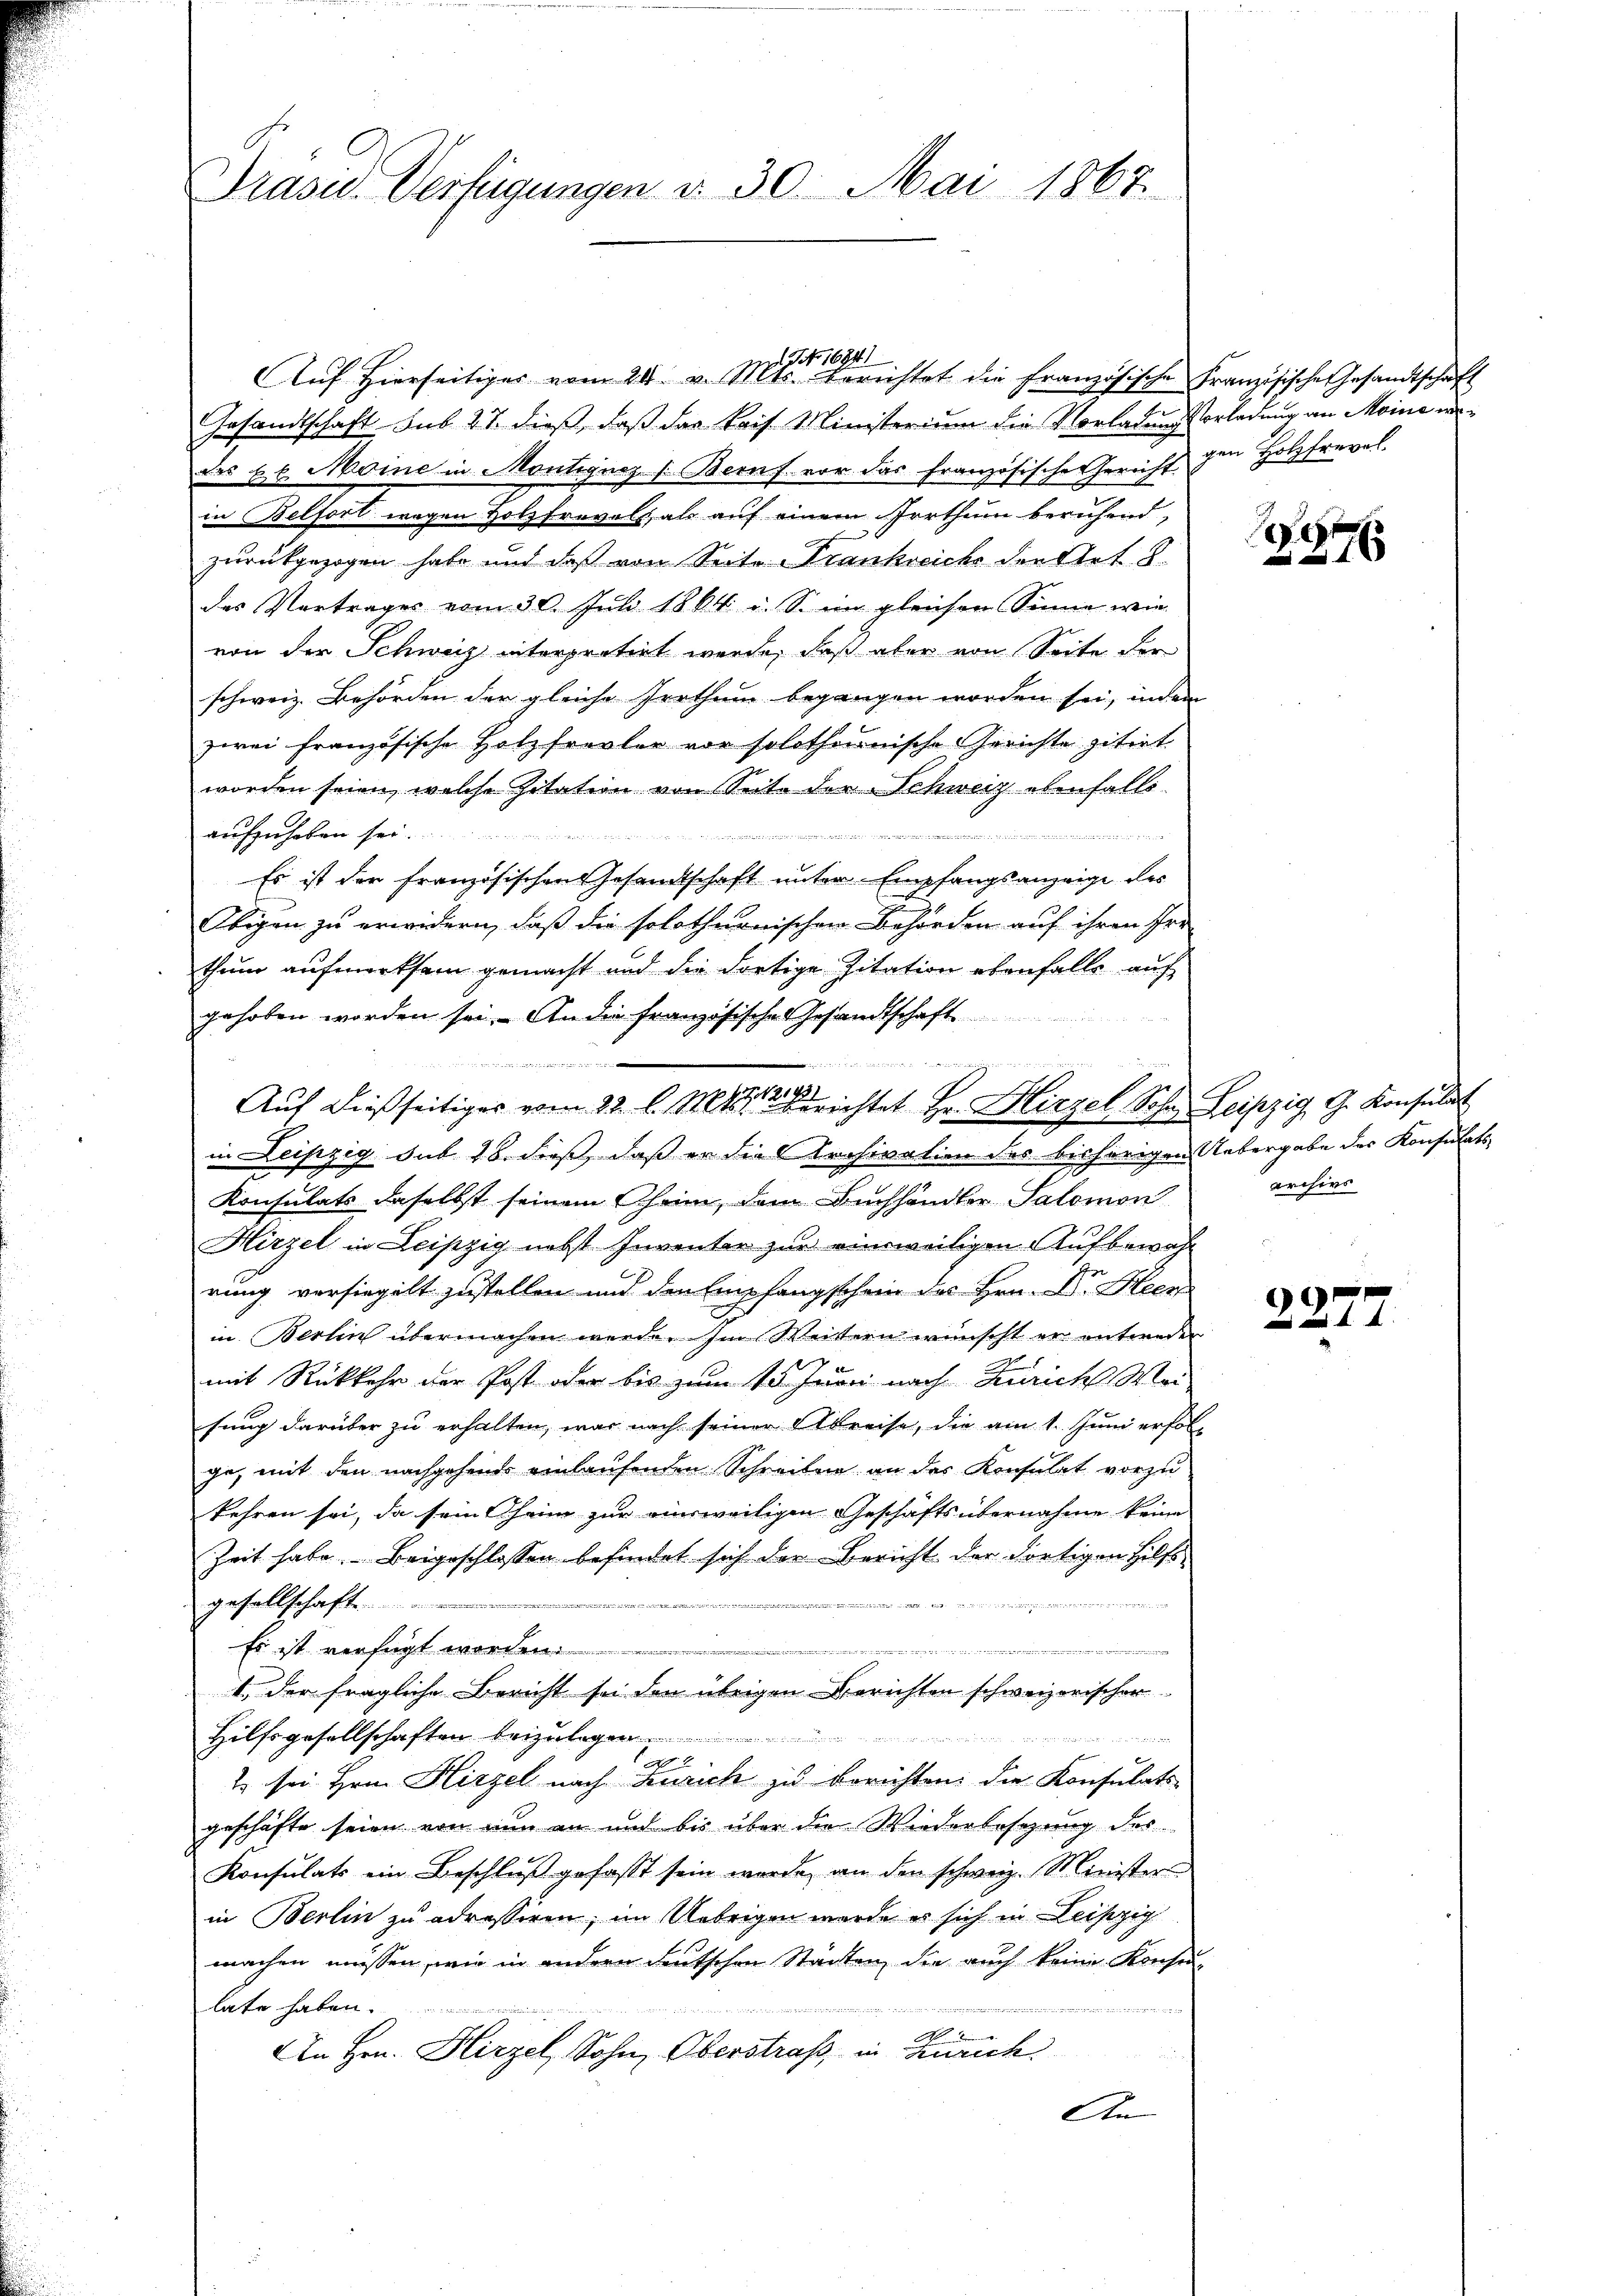
Präsid.. Verfügungen v. 30. Mai 1867.

I No. 16941
Aŭf Hierseitiger vom 24. v. Mts. berichtet die französische Französische Gesandtschaft
Gesandtschaft. sub 27. dieß, daß das kais. Ministerium die Vorladungsvorladung an Moine werdes E. Meine in Montigung [Bernf vor das französische Gericht den Holzfreval,
in Belfort wegen Holzfrevels als auf einem Irrthum beruhend
zurückgezogen habe und daß von Seite Frankreiche die stet 8
des Vertrages vom 30. Juli 1864 u. S. im gleichen Sinne wie
von der Schweiz interpretirt werde, daß aber von Seite der
schweiz. Behörden der gleiche Irrthum begangen worden sei, indem
zwei französische Holzfrevler vor solothenische Gerichte zitirt
worden seien, welche Zitation von Seite der Schweiz ebenfalls
aufzuheben sei.

Es ist der französischen Gesandtschaft unter Empfangsanzeige des
Obigen zu erwidern, daß die solothurnischen Behörden auf ihren Irr-
thum aufmerksam gemacht und die dortige Zitation ebenfalls auf
gehoben worden sei. An die französische Gesandtschaft
ue und den kann in die der
in Leipzig sub 28. dieß, daß er die Archivation des bisherigen Uebergabe des Konsulats
Konsulats daselbst seinem Theim, dem Buchhändler Salomon
Hirzel in Leipzig nebst Inventer zur einsweiligen Aufbewah
rung versiegelt zustellen und den Empfangschein des Hrn. Dr. Steen
in Berlin übermachen werde. Im Weitern wünscht er entweder
mit Rückkehr der Post oder bis zum 15. Juni nach Zürich Wei
sung darüber zu erhalten, war nach seiner Abreise, die am 1. Juni erfolge, mit den nachgehends einlaufenden Schreiben an der Konsulat vorzu
kehren sei, da sein Oheim zur ausweiligen Geschäftsübernahme keine
Zeit habe. Beigeschlossen befindet sich der Bericht der dortigen Hilfsi
gesellschaft.
e
Es ist verfügt worden.

I. der fragliche Bericht sei den übrigen Berichten schweizorischer
Hilfsgesellschaften beizulegen.

en1 2
1 sei Hrn. Hirzel nach Zürich zu berichten: die Konsulats-
geschäfte seien von nun an und bis über die Wiederbesetzung des
Konsulats ein Beschluß gefasst sein werde, an den schweiz. Ministers
in Berlin zu adressiren; im Uebrigen werde es sich in Leipzig
machen müssen, wie in andern deutschen Städten, die auch keine Konse
late haben.
A
An Hrn. Hirzel, Sohn, Oberstraß, in Zürich
An

Aŭf dießseitiges vom 22. l. Mts. Berichtet Hr. Hirzel Sohn Leipzig G. Konsulat

876

archivs

9